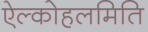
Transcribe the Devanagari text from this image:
ऐल्कोहलमिति